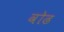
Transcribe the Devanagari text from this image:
वोढ